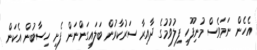
އެހެން ނަމަވެސް މުނިފޫހި ފިލުވުމުގެ ދާއިރާ ސަރުކާރުން ބަލައިގަންނަން ފެށި ހިސާބުން އެކަން